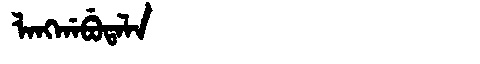
Manchu: ᠯᠠᠩᡤᠠᠪᡠᡨᠠᠯᠠ
Romanization: LANGGABUTALA